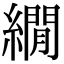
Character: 繝